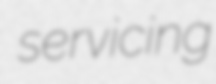
servicing